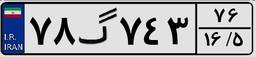
۷۸گ۷۴۳۷۶